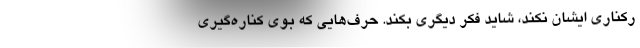
رکناری ایشان نکند، شاید فکر دیگری بکند. حرف‌هایی که بوی کناره‌گیری